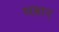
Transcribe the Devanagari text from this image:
सम्रात्